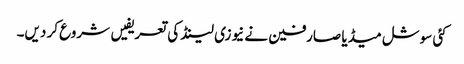
کئی سوشل میڈیا صارفین نے نیوزی لینڈ کی تعریفیں شروع کر دیں۔